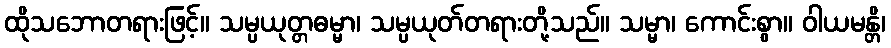
ထိုသဘောတရားဖြင့်။ သမ္ပယုတ္တဓမ္မာ၊ သမ္ပယုတ်တရားတို့သည်။ သမ္မာ၊ ကောင်းစွာ။ ဝါယမန္တိ၊